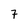
Character: 7